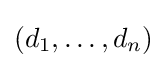
(d_{1},\dotsc ,d_{n})